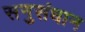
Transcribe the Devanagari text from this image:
सनुसंधान